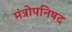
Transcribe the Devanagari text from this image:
मंत्रोपनिषद